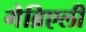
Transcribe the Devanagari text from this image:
गैब्रिएली